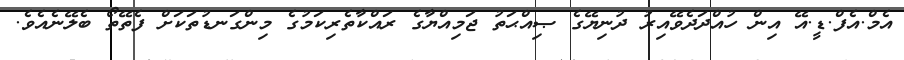
އެމް.އެފް.ޑީ.އޭ އިން ހުއްދަދެވޭއިރު ދުނިޔޭގެ ޞިއްޙަތު ޖަމިއްޔާގެ ރައްކާތެރިކަމުގެ މިންގަނޑުތަކަށް ފެތޭތޯ ބެލޭނެއެވެ.